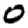
Digit: 0